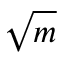
\sqrt { m }